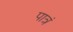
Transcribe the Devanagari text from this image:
पात्रं